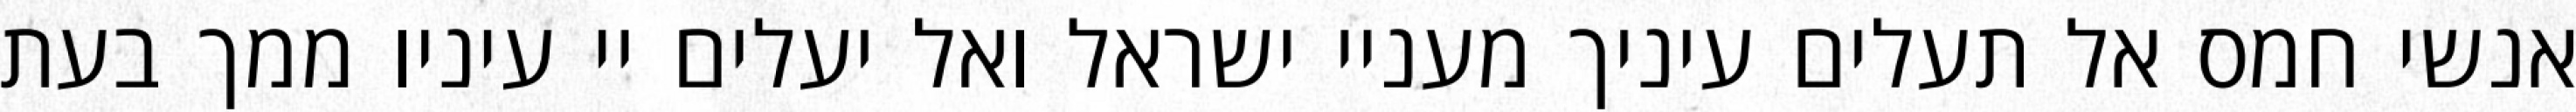
אנשי חמס אל תעלים עיניך מעניי ישראל ואל יעלים יי עיניו ממך בעת